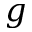
g